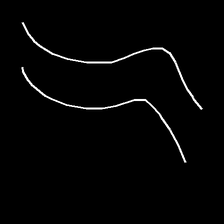
Glyph: float